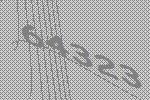
64323